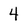
Character: 4